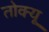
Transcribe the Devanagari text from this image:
तोक्यू